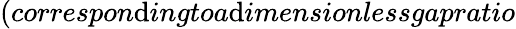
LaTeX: (correspon\mathrm{d}ingtoa\mathrm{d}imensionlessgapratio